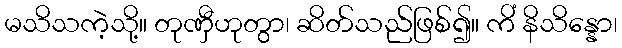
မသိသကဲ့သို့။ တုဏှီဟုတွာ၊ ဆိတ်သည်ဖြစ်၍။ ကိံ နိသိန္နော၊